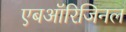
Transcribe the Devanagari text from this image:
एबऑरिजिनल